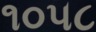
૧૦૫૮